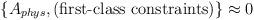
LaTeX: \begin{align*}\{ A_{phys},\mbox{(first-class constraints)} \} \approx 0\end{align*}